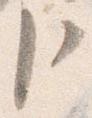
臣